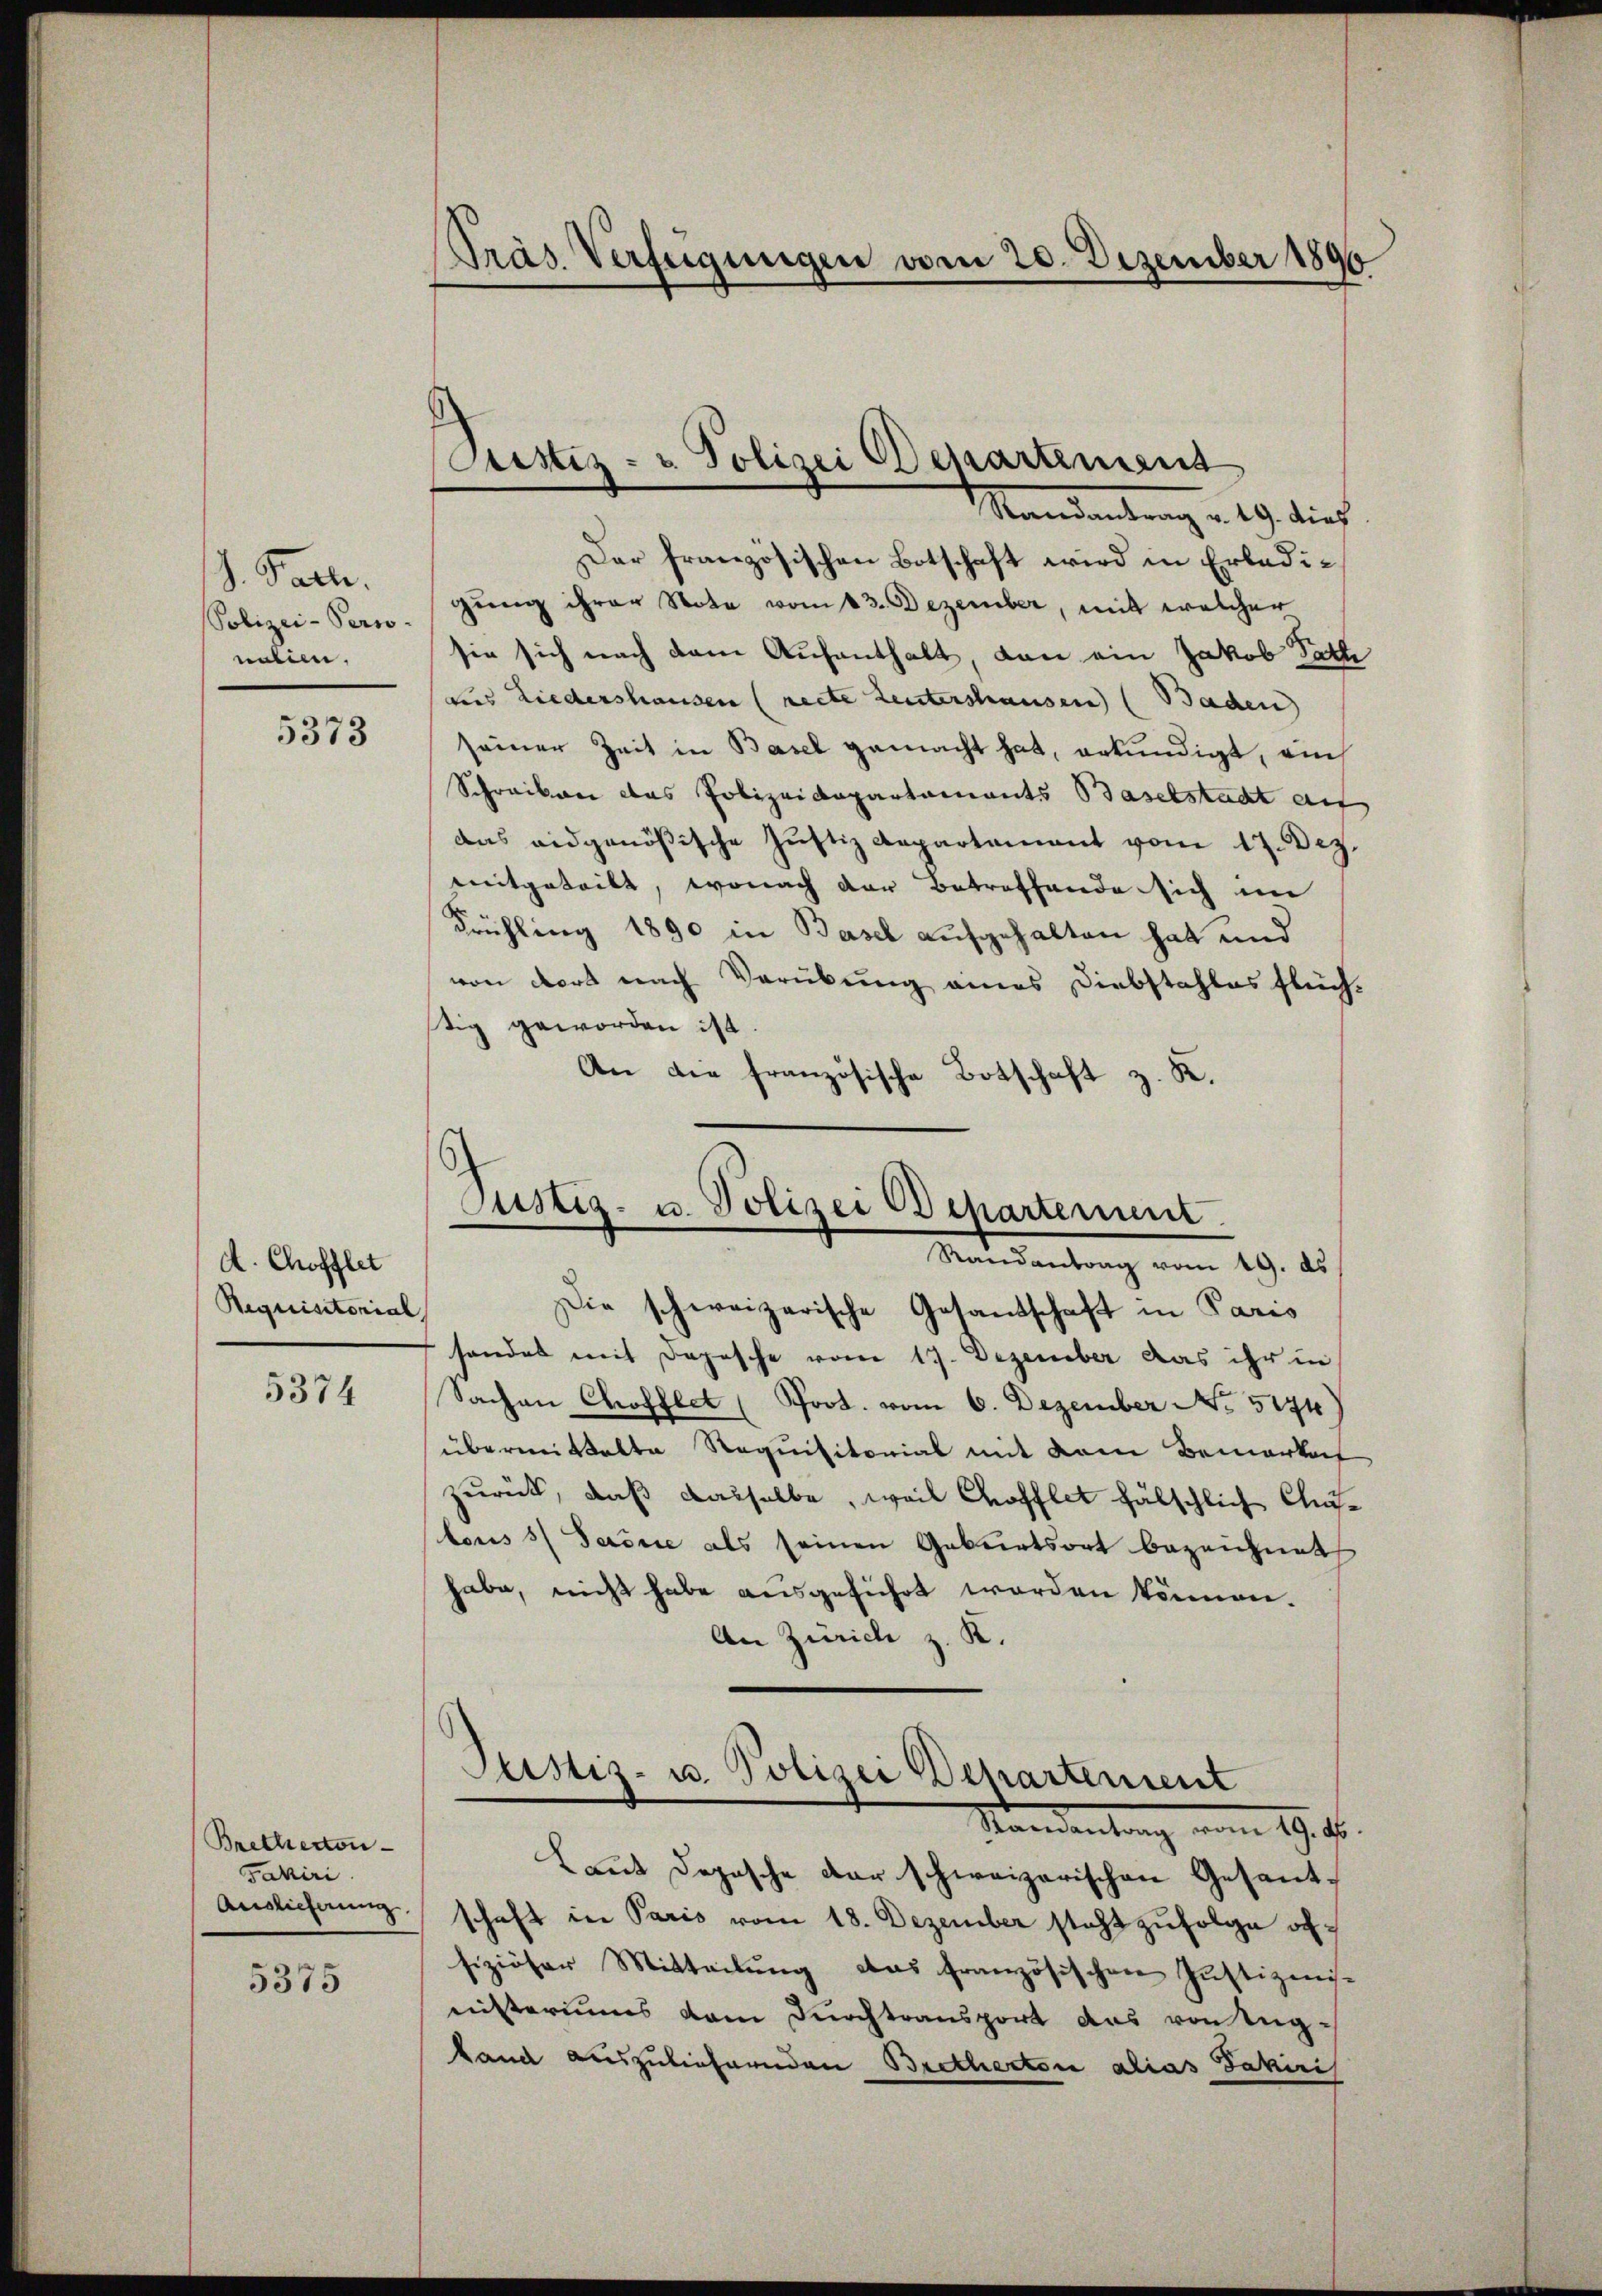
J. Pache.
Polizei-Perso-
natien,

5373

d. Chöfflet
Requisitorial

5374

Bretterton
Fakiri
Auslieferung

5375

Präs. Verfügungen vom 20. Dezember 1890

Der französischen Botschaft wird in Erledigung ihrer Note vom 13. Dezember, mit welcher
sie sich nach dem Aufenthalt, dan ein Jakob Pathe
(aus Liedershausen (recte Leutershausen (Baden
seiner Zeit in Basel gemacht hat, erkundigt, au
Schreiber das Polizeidepartaments Baselstadt auf
das eidgenößische Justiz Repartement vom 17. Dez.
mitgeteilt, wonach der Betreffende sich im
Frühling 1890 in Basel aufgehalten hat und
von dort nach Verübung eines Diebstahles flüchtig geworden ist.
An die französische Botschaft z. K.
.

Custiz- u. Polizei Departement
Mandantrag u. 19. dies

Justiz- u. Polizei Departement
Mandantung vom 19. ds

Die schweizerische Gesandschaft in Paris
handes mit Depesche vom 17. Dezember das ihr in
Sachen Chofftet (Prot. vom 6. Dezember No. 5174)
übermittelte Requisitorial mit dem Bemerkeit
zurück, daß dasselbe, weil Chöfflet fälschlich Auflous 3 Seine als seinen Geburtsort bezeichnet
habe, nicht habe ausgeführt worden können.
An Zürich z. K.
Justiz- u. Polizei Departement
Randantung vom 19. f.
Laut Depesche der schweizerischen Gesantschaft in Paris vom 18. Dezember steht zufolge of
fiziöser Mitteilung das französischen Justizmis-
nisteriums vom Durchtransport das von Zug-
Land auszuliefernden Bretherton alias Jakiris

.
“